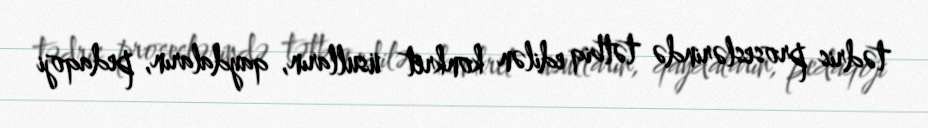
tədris proseslərində tətbiq edilən konkret üsulların, qaydaların, pedaqoji